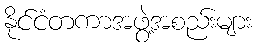
နိုင်ငံတကာအဖွဲ့အစည်းများ